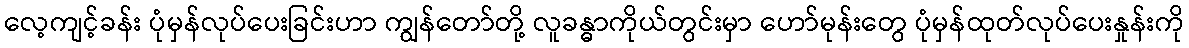
လေ့ကျင့်ခန်း ပုံမှန်လုပ်ပေးခြင်းဟာ ကျွန်တော်တို့ လူခန္ဓာကိုယ်တွင်းမှာ ဟော်မုန်းတွေ ပုံမှန်ထုတ်လုပ်ပေးနှုန်းကို